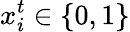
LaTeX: x_{i}^{t}\in\{ 0,1\}